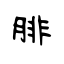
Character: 腓